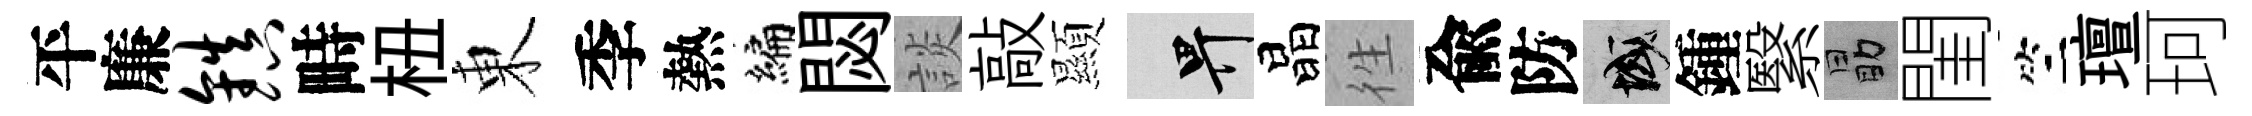
平廉镇畤杻東季熱编閟談敲顯畀晶徃兪防域鍾繄勗閨竺璮珂